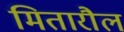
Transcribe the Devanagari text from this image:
मितारौल